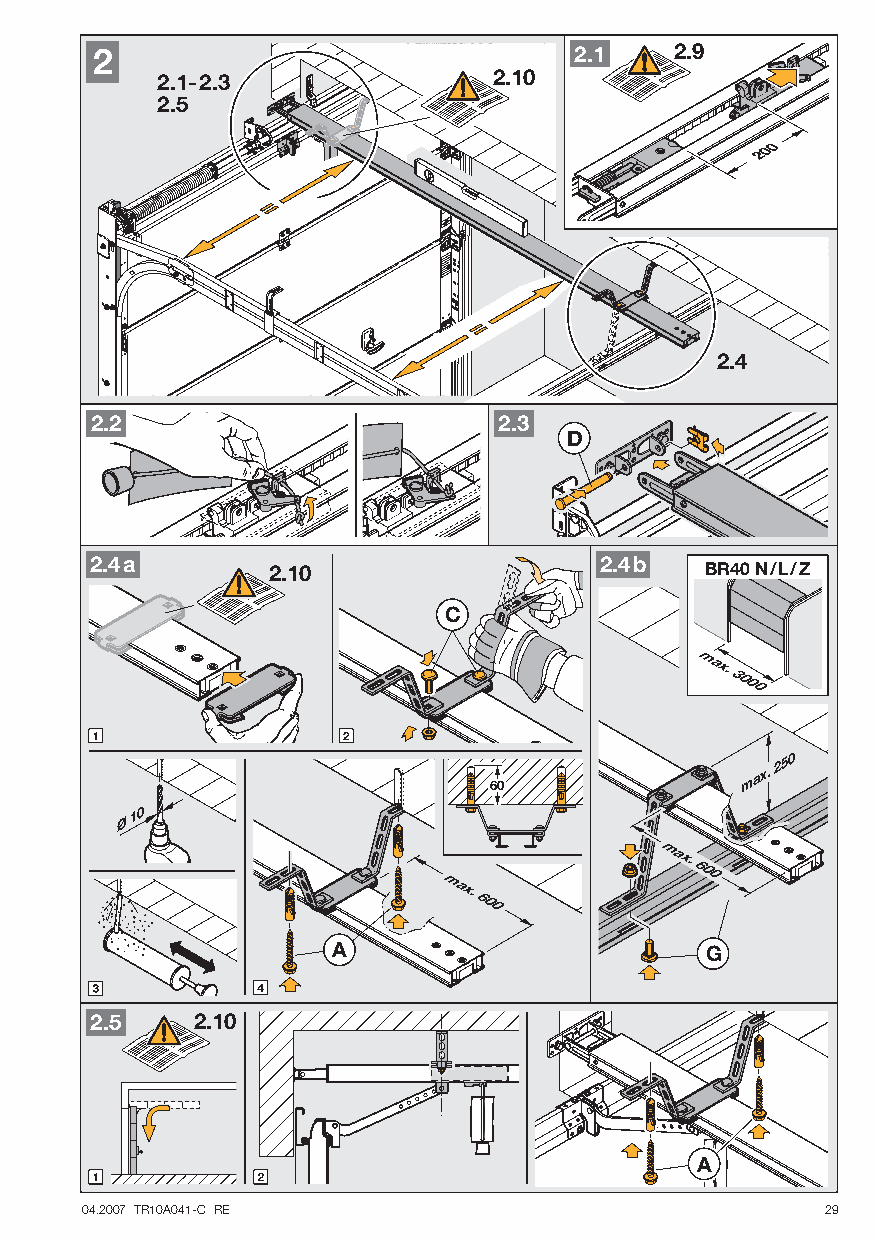
2                               2.1    2.9
 2.1-2.3                2.10
 2.5
 200
 2.4
 2.2                        2.3
 D
 2.4a        2.10                  2.4b   BR40 N/L/Z
 C
 max.
 3000
 60
 max.
 250
 max.
 600
 max.
 600
 A                        G
 2.5    2.10
 A
 04.2007 TR10A041-C RE                             29
 Ø 1 0